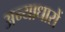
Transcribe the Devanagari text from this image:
अन्याधारों